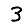
Digit: 3